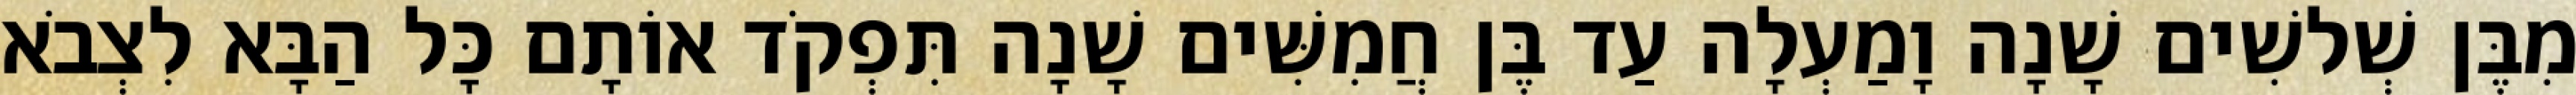
מִבֶּן שְׁלשִׁים שָׁנָה וָמַעְלָה עַד בֶּן חֲמִשִּׁים שָׁנָה תִּפְקֹד אוֹתָם כָּל הַבָּא לִצְבֹא